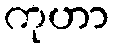
ကုဟာ